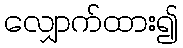
လျှောက်ထား၍